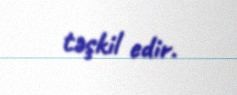
təşkil edir.